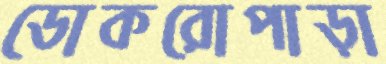
ডোকরোপাড়া